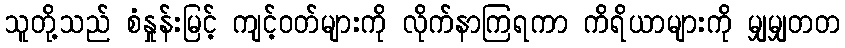
သူတို့သည် စံနှုန်းမြင့် ကျင့်ဝတ်များကို လိုက်နာကြရကာ ကိရိယာများကို မျှမျှတတ